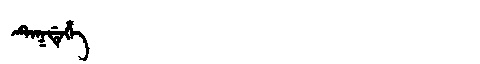
Manchu: ᡨᡝᡴᡩᡝᡥᡝ
Romanization: TEKDEHE